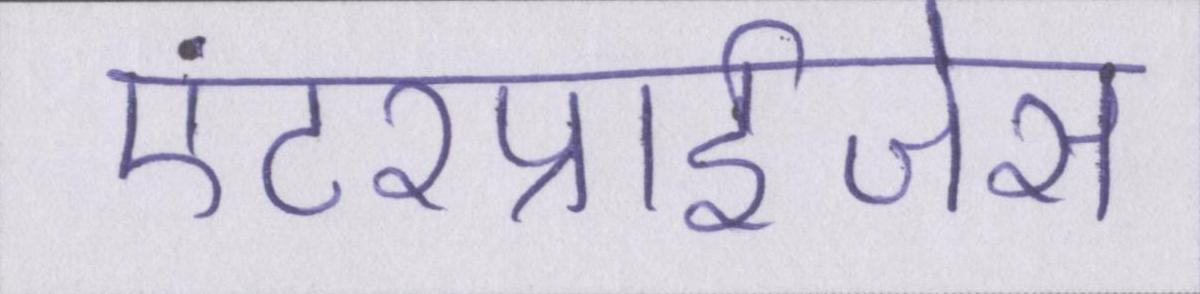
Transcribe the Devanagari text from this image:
एंटरप्राईजेस